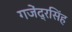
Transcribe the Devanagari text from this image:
गजेंद्रसिंह